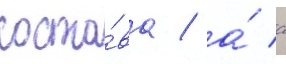
соста́ва / а́ с